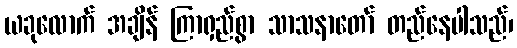
ယခုလောက် အချိန် ကြာရှည်စွာ သာသနာတော် တည်နေပါသည်၊